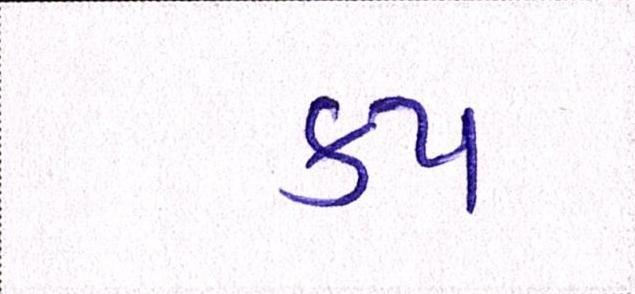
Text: કપ